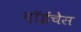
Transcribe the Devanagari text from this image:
दॉईचेस